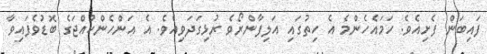
ފައިބަން ފެށިއެވެ. ހަމައެހެންމެ އެ ހިތުގައި އަލިފާންރޯވެ ރުޅިގަދަވިއެވެ. އެ އަންހެންކުއްޖަގެ ބޮޑުވެފައިވާ